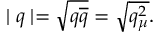
\mid q \mid = \sqrt { q \overline { { { q } } } } = \sqrt { q _ { \mu } ^ { 2 } } .